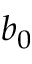
b _ { 0 }